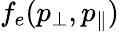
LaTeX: f_{e}(p_{\perp},p_{\| })